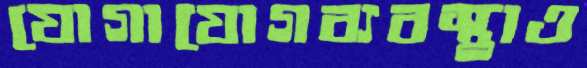
যোগাযোগব্যবস্থাও